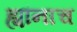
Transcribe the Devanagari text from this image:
ह्यांनाच